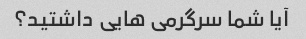
آیا شما سرگرمی هایی داشتید؟